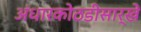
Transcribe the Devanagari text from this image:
अंधारकोठडीसार्खे